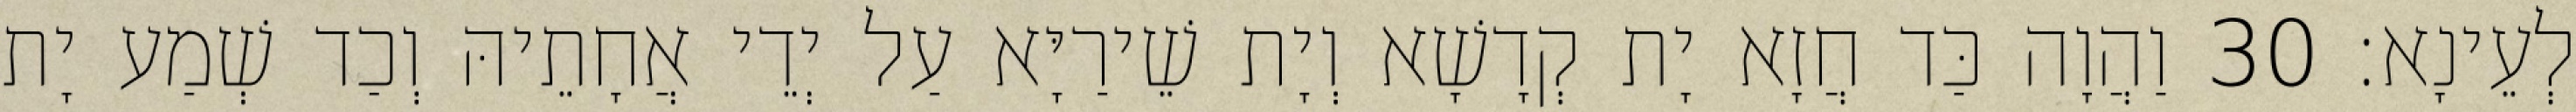
לְעֵינָא׃ 30 וַהֲוָה כַּד חֲזָא יָת קְדָשָׁא וְיָת שֵׁירַיָּא עַל יְדֵי אֲחָתֵיהּ וְכַד שְׁמַע יָת